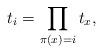
LaTeX: \begin{align*} t_i&=\prod_{\pi(x)=i}t_x, \end{align*}